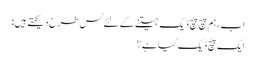
اب، ہم پچ پچ ڈیک جیتنے کے لئے کس طرح دیکھتے ہیں:
ایک پچ ڈیک کیا ہے؟